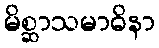
မိစ္ဆာသမာဓိနာ